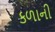
કળાની